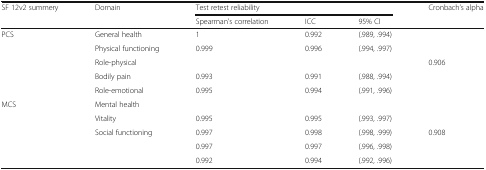
| <ROWSPAN=2> SF 12v2 summery | <ROWSPAN=2> Domain | <COLSPAN=3> Test retest reliability | <ROWSPAN=2> Cronbach’s alpha |
 | Spearman’s correlation | ICC | 95% CI |
 | --- | --- | --- | --- | --- | --- |
 | <ROWSPAN=5> PCS | General health | 1 | 0.992 | (.989, .994) |  |
 | Physical functioning | 0.999 | 0.996 | (.994, .997) |  |
 | Role-physical |  |  |  | 0.906 |
 | Bodily pain | 0.993 | 0.991 | (.988, .994) |  |
 | Role-emotional | 0.995 | 0.994 | (.991, .996) |  |
 | <ROWSPAN=5> MCS | Mental health |  |  |  |  |
 | Vitality | 0.995 | 0.995 | (.993, .997) |  |
 | Social functioning | 0.997 | 0.998 | (.998, .999) | 0.908 |
 |  | 0.997 | 0.997 | (.996, .998) |  |
 |  | 0.992 | 0.994 | (.992, .996) |  |